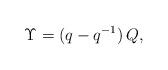
LaTeX: \begin{align*} \Upsilon=(q-q^{-1})\,Q,\end{align*}